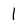
Character: 1